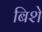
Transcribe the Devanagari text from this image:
बिशे